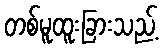
တစ်မူထူးခြားသည့်